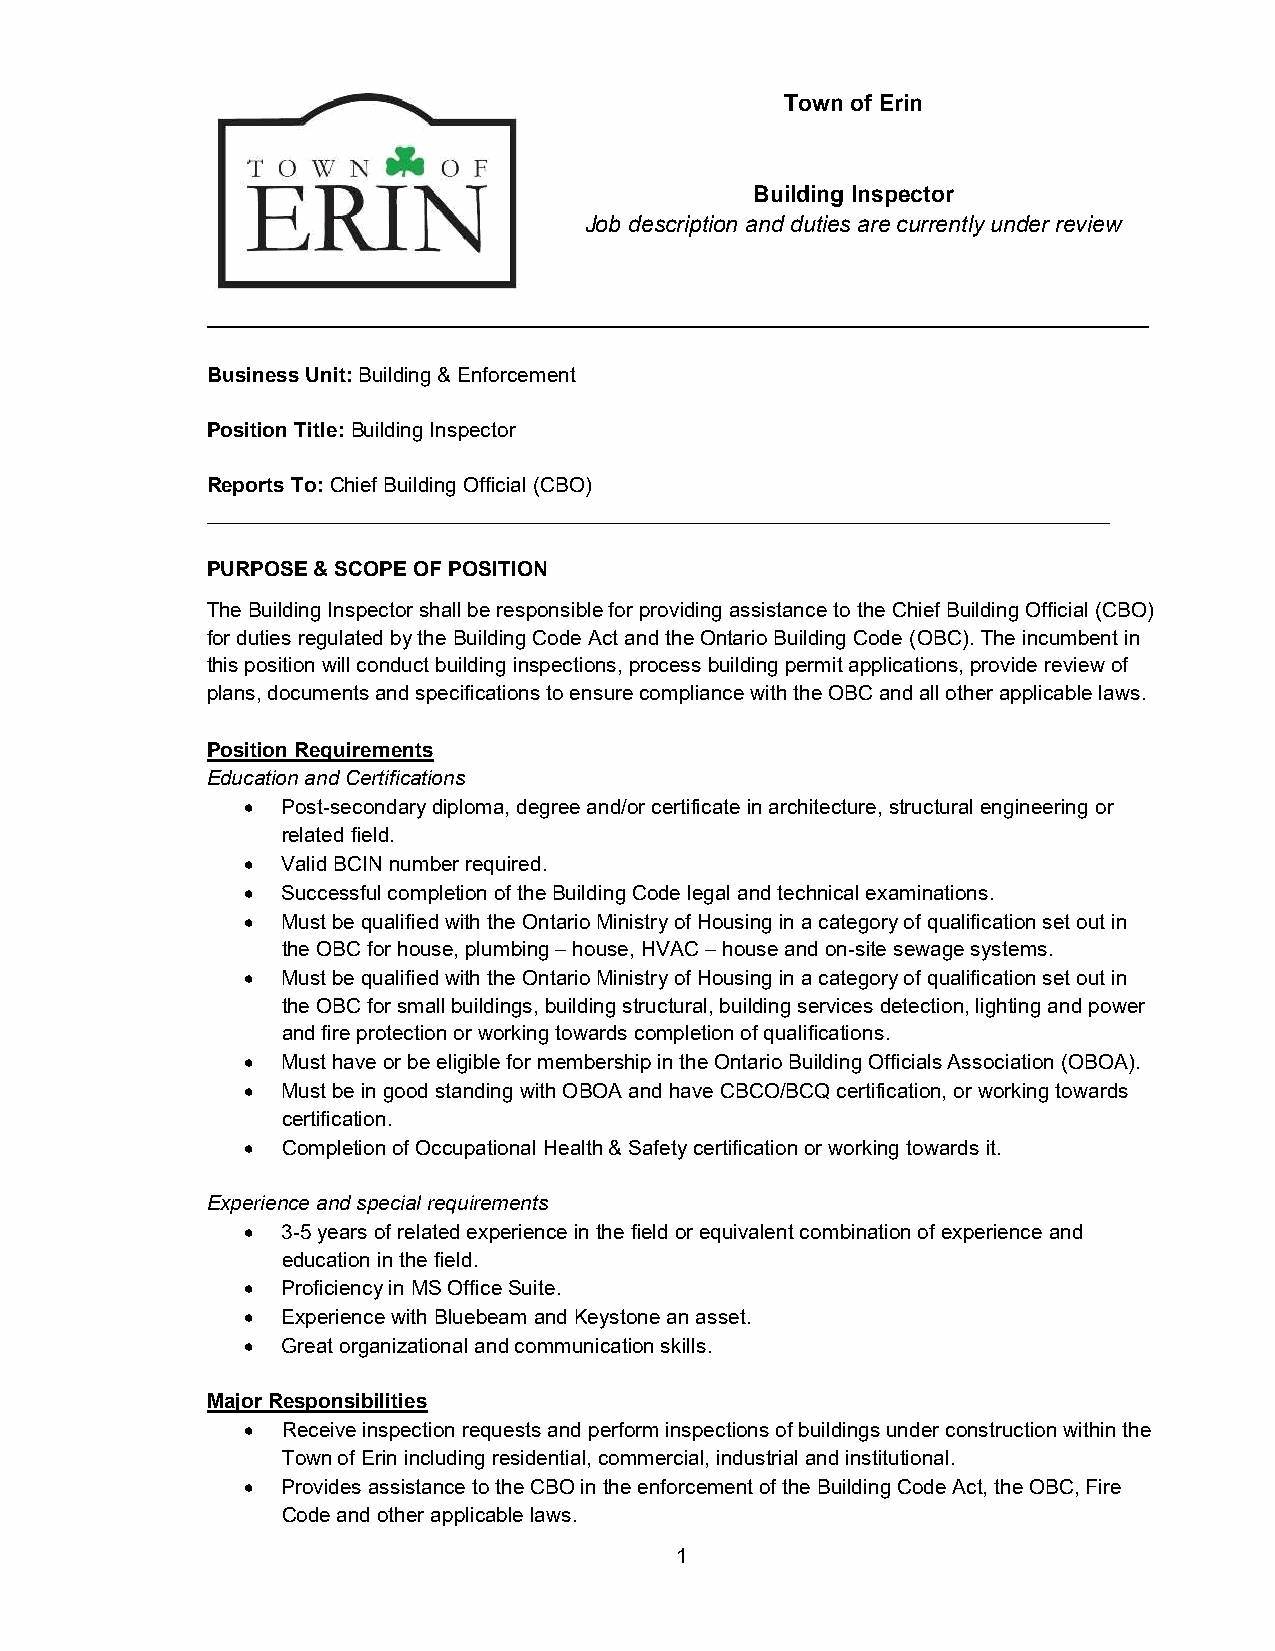
Town of Erin
 Building Inspector
 Job description and duties are currently under review
 __________________________________________________________________________
 Business Unit: Building & Enforcement
 Position Title: Building Inspector
 Reports To: Chief Building Official (CBO)
 ______________________________________________________________________________
 PURPOSE & SCOPE OF POSITION
 The Building Inspector shall be responsible for providing assistance to the Chief Building Official (CBO)
 for duties regulated by the Building Code Act and the Ontario Building Code (OBC). The incumbent in
 this position will conduct building inspections, process building permit applications, provide review of
 plans, documents and specifications to ensure compliance with the OBC and all other applicable laws.
 Position Requirements
 Education and Certifications
   Post-secondary diploma, degree and/or certificate in architecture, structural engineering or
 related field.
   Valid BCIN number required.
   Successful completion of the Building Code legal and technical examinations.
   Must be qualified with the Ontario Ministry of Housing in a category of qualification set out in
 the OBC for house, plumbing – house, HVAC – house and on-site sewage systems.
   Must be qualified with the Ontario Ministry of Housing in a category of qualification set out in
 the OBC for small buildings, building structural, building services detection, lighting and power
 and fire protection or working towards completion of qualifications.
   Must have or be eligible for membership in the Ontario Building Officials Association (OBOA).
   Must be in good standing with OBOA and have CBCO/BCQ certification, or working towards
 certification.
   Completion of Occupational Health & Safety certification or working towards it.
 Experience and special requirements
   3-5 years of related experience in the field or equivalent combination of experience and
 education in the field.
   Proficiency in MS Office Suite.
   Experience with Bluebeam and Keystone an asset.
   Great organizational and communication skills.
 Major Responsibilities
   Receive inspection requests and perform inspections of buildings under construction within the
 Town of Erin including residential, commercial, industrial and institutional.
   Provides assistance to the CBO in the enforcement of the Building Code Act, the OBC, Fire
 Code and other applicable laws.
 1